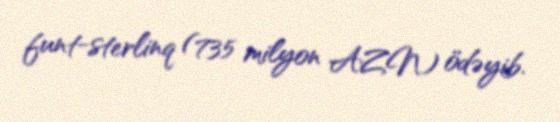
funt-sterlinq (735 milyon AZN) ödəyib.